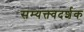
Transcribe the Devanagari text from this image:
सम्यक्त्वदर्शक